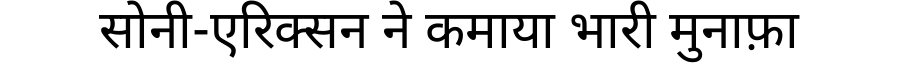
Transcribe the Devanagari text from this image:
सोनी-एरिक्सन ने कमाया भारी मुनाफ़ा